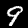
Label: 9